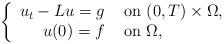
LaTeX: \begin{align*}\begin{aligned}\left\{\begin{array}{rl}u_t-L u=g & \hbox{ on } (0,T)\times \Omega,\\ u(0) = f& \hbox{ on } \Omega, \end{array} \right.\end{aligned}\end{align*}